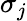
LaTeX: \sigma_{j}